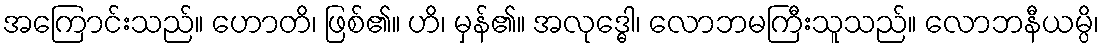
အကြောင်းသည်။ ဟောတိ၊ ဖြစ်၏။ ဟိ၊ မှန်၏။ အလုဒ္ဓေါ၊ လောဘမကြီးသူသည်။ လောဘနီယမ္ပိ၊